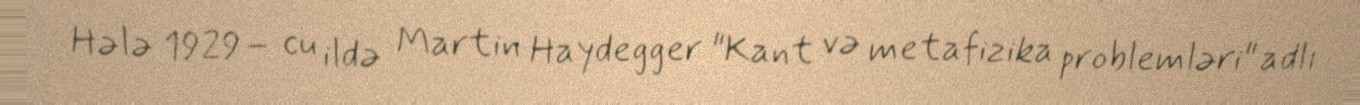
Hələ 1929– cu ildə Martin Haydegger "Kant və metafizika problemləri" adlı